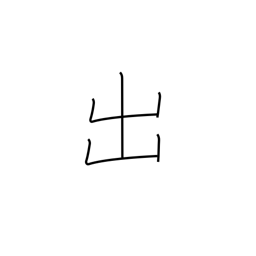
Meaning: exit